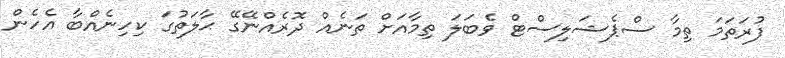
ފުރަތަމަ ތިމާ ސްޕެޝަލިސްޓް ވެބަލަ ތިމާއަށް ތަނެއް ދޮރެއްނޭގޭ ޙާލަތުގަ ކިހިނެއްބާ އެހެން